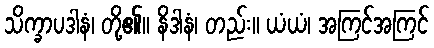
သိက္ခာပဒါနံ၊ တို့၏။ နိဒါနံ၊ တည်း။ ယံယံ၊ အကြင်အကြင်